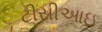
ટીસીઆઇ